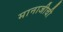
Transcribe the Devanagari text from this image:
मानाजीची